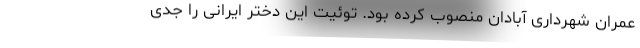
عمران شهرداری آبادان منصوب کرده بود. توئیت این دختر ایرانی را جدی